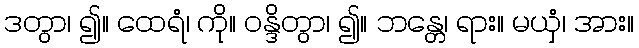
ဒတွာ၊ ၍။ ထေရံ၊ ကို။ ဝန္ဒိတွာ၊ ၍။ ဘန္တေ၊ ရား။ မယှံ၊ အား။